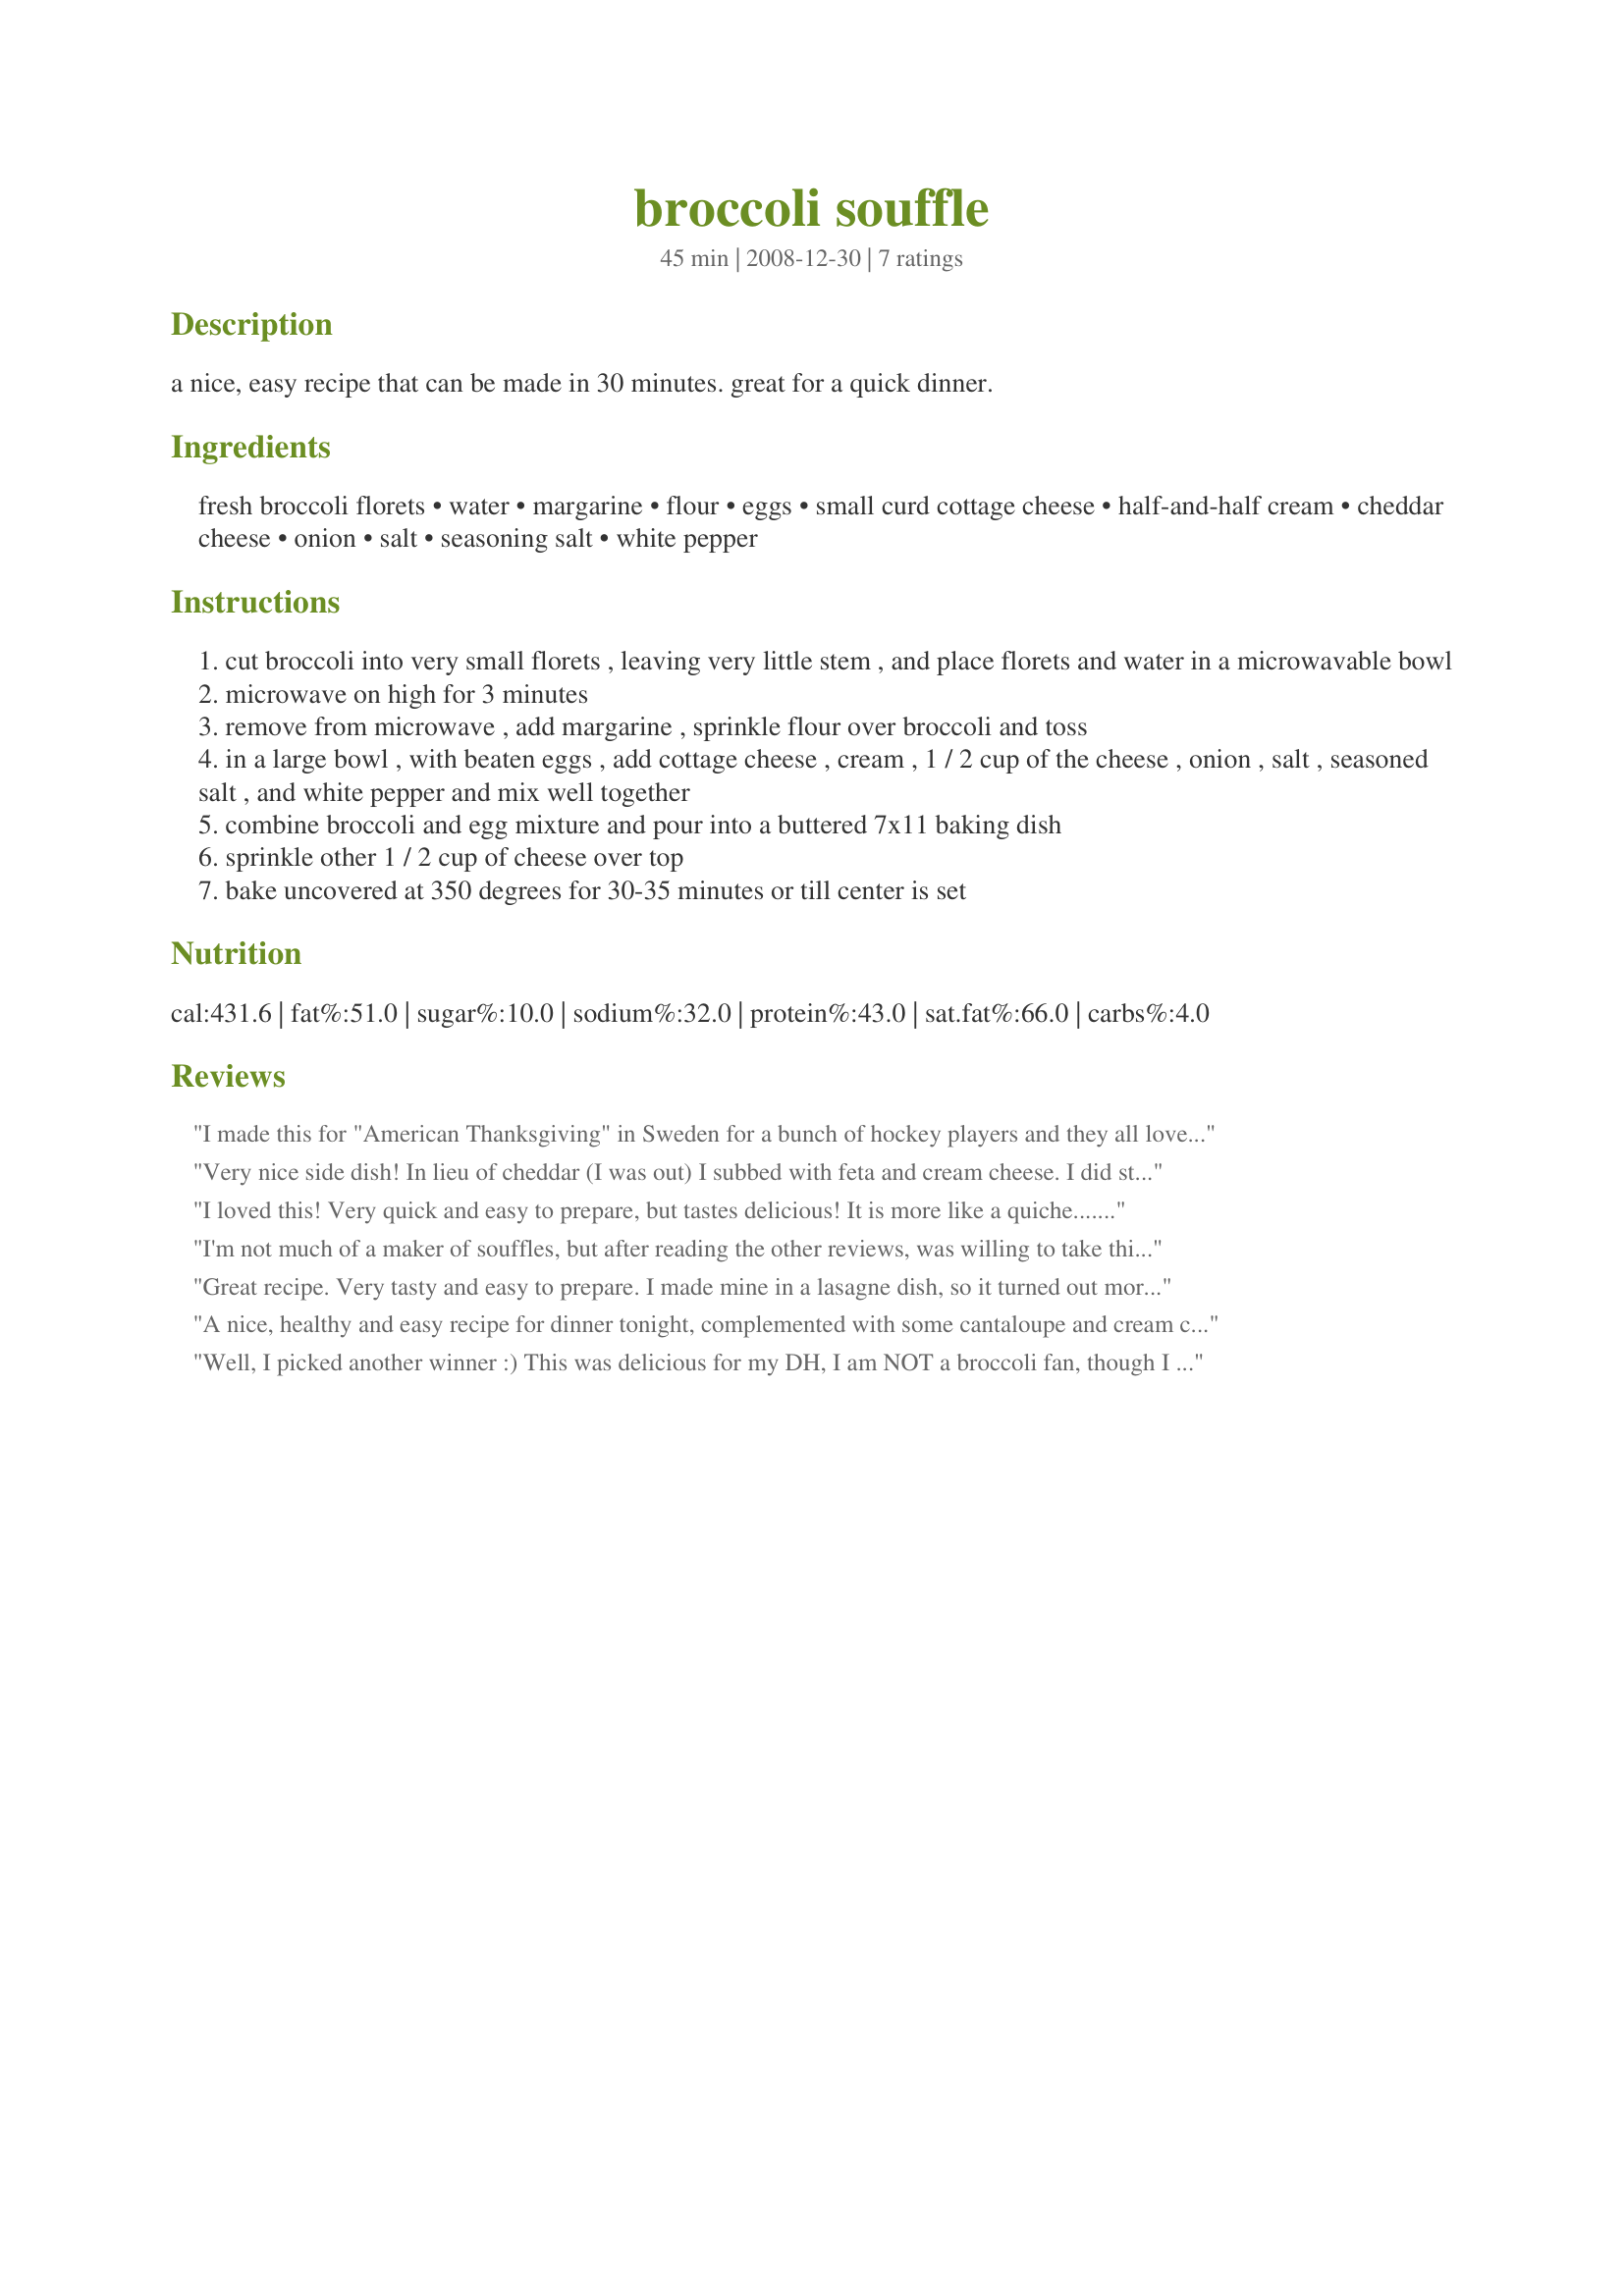
broccoli souffle
Preparation time: 45 minutes

a nice, easy recipe that can be made in 30 minutes. great for a quick dinner.

Ingredients:
fresh broccoli florets, water, margarine, flour, eggs, small curd cottage cheese, half-and-half cream, cheddar cheese, onion, salt, seasoning salt, white pepper

Steps:
cut broccoli into very small florets , leaving very little stem , and place florets and water in a microwavable bowl
microwave on high for 3 minutes
remove from microwave , add margarine , sprinkle flour over broccoli and toss
in a large bowl , with beaten eggs , add cottage cheese , cream , 1 / 2 cup of the cheese , onion , salt , seasoned salt , and white pepper and mix well together
combine broccoli and egg mixture and pour into a buttered 7x11 baking dish
sprinkle other 1 / 2 cup of cheese over top
bake uncovered at 350 degrees for 30-35 minutes or till center is set

Reviews:
I made this for "American Thanksgiving" in Sweden for a bunch of hockey players and they all loved it! Who would have thought that 21-30 year old men with big appetites would have liked the broccoli dish the most? I was really happy with it and I never cook so the fact that I could do this means it's really simple. I didn't add onion because the cheese I had was really strong and with the seasoning I don't think you need any other flavors. Awesome dish!
Very nice side dish! In lieu of cheddar (I was out) I subbed with feta and cream cheese. I did still use the cottage cheese as well. The only thing I shoulda done was omit the salt since I was using feta. But no matter, it was gobbled up quickly. Thanks for a great recipe.
I loved this! Very quick and easy to prepare, but tastes delicious! It is more like a quiche....quite "eggy", but delicious none the less! I'll make this again! Made for Zaar 123 Hit Wonders!
I'm not much of a maker of souffles, but after reading the other reviews, was willing to take this one on! Glad I did, too, 'cause it's a very satisfying & tasty dish, but then we love broccoli around here, so . . . I did use fat-free cottage cheese as well as the same when it came to half-and-half, & also used lemon pepper for the seasoning! Thanks for sharing a wonderful recipe! [Tagged & made in Please Review My Recipe]
Great recipe. Very tasty and easy to prepare. I made mine in a lasagne dish, so it turned out more like a quiche than a souffle. All the same it is a will make again recipe and a worthy recipent of 5 stars. Made for Aussie/Kiwi Recipe Swap July 2009
A nice, healthy and easy recipe for dinner tonight, complemented with some cantaloupe and cream cheese stuffed mushrooms for a well rounded out vegetarian meal! Next time I will decrease the amount of cheese and the amount of salt. I used fat free half-and-half with no problems. THANKS!!! Made for AUS/NZ recipe swap Aug 2009.
Well, I picked another winner :)
This was delicious for my DH, I am NOT a broccoli fan, though I tried it ~ a little too much broc for my tastes, but DH gave it a 5+ rating. He loved this dish just the way it's written, so I WILL be making this again LOL. Thanks weekend cooker for a hubby-pleasin' recipe! Made for weekend cookers Football Pool Playoffs' win, Jan 2008.
